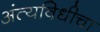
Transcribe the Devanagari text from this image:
अंत्यविधीचा